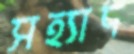
সহ্যাদ